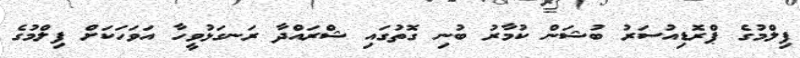
ފިލްމުގެ ޕްރޮޑިއުސަރު ބުޝަން ކުމާރު ބުނި ގޮތުގައި ޝްރައްދާ ރަނގަޅުވީހާ އަވަހަކަށް ފިލްމުގެ